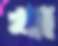
খা